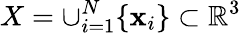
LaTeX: X=\cup_{i=1}^{N}\{ \mathbf{x}_{i}\} \subset\mathbb{{R}}^{3}